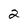
Character: 2